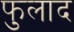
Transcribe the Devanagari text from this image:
फुलाद